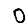
Digit: 0